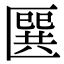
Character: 㔵